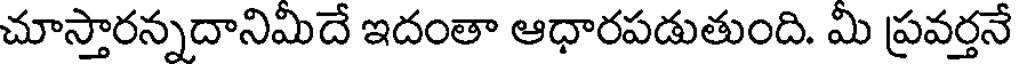
చూస్తారన్నదానిమిదే ఇదంతా ఆధారపడుతుంది. మి ప్రవర్తనే